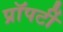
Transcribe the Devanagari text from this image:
प्राॅपर्टी